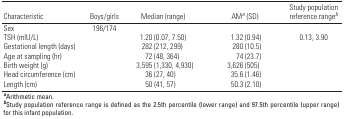
| Characteristic | Boys/girls | Median (range) | AMa (SD) | Study population reference rangeb |
 | --- | --- | --- | --- | --- |
 | Sex | 196/174 |
 | TSH (mlU/L) |  | 1.20 (0.07, 7.50) | 1.32 (0.94) | 0.13, 3.90 |
 | Gestational length (days) |  | 282 (212, 299) | 280 (10.5) |
 | Age at sampling (hr) |  | 72 (48, 364) | 74 (23.7) |
 | Birth weight (g) |  | 3,595 (1,330, 4,930) | 3,626 (505) |
 | Head circumference (cm) |  | 36 (27, 40) | 35.6 (1.46) |
 | Length (cm) |  | 50 (41, 57) | 50.3 (2.10) |
 | <COLSPAN=5> aArithmetic mean. bStudy population reference range is defined as the 2.5th percentile (lower range) and 97.5th percentile (upper range) for this infant population. |